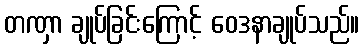
တဏှာ ချုပ်ခြင်းကြောင့် ဝေဒနာချုပ်သည်။